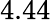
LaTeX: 4.44